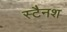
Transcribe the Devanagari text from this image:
स्टैनश